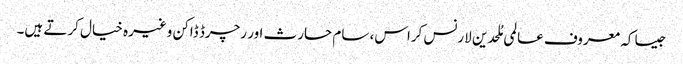
جیسا کہ معروف عالمی مُلحدین لارنس کراس، سام حارث اور رچرڈ ڈاکن وغیرہ خیال کرتے ہیں۔